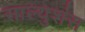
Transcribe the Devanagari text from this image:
साल्युशंस